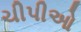
ચીપીઓ